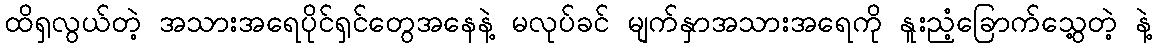
ထိရှလွယ်တဲ့ အသားအရေပိုင်ရှင်တွေအနေနဲ့ မလုပ်ခင် မျက်နှာအသားအရေကို နူးညံ့ခြောက်သွေ့တဲ့ နဲ့